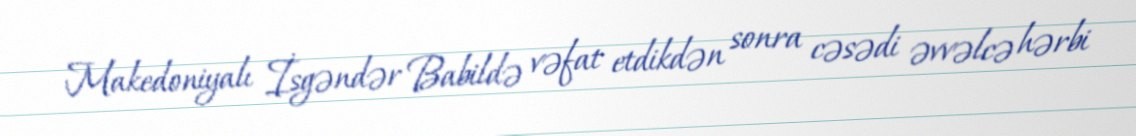
Makedoniyalı İsgəndər Babildə vəfat etdikdən sonra cəsədi əvvəlcə hərbi